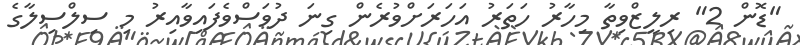
"ޑޮން 2" ރިލީޒްވިތާ މިހާރު ހަތަރު އަހަރަށްވުރެން ގިނަ ދުވަސްވެފައިވާއިރު މި ސިލްސިލާގެ